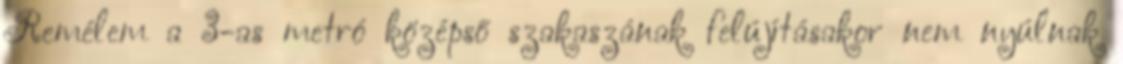
Remélem a 3-as metró középső szakaszának felújításakor nem nyúlnak